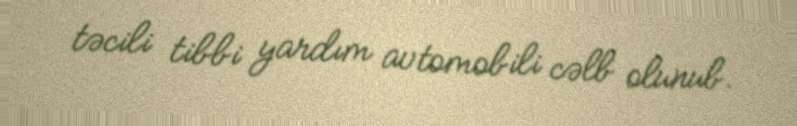
təcili tibbi yardım avtomobili cəlb olunub.